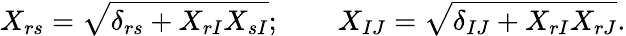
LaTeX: X_{rs}=\sqrt{\delta_{rs}+X_{rI}X_{sI}};\qquad X_{IJ}=\sqrt{\delta_{IJ}+X_{rI}X_{rJ}}.